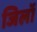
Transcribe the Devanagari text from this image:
जिलॉ